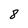
Character: 8